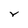
Character: Y